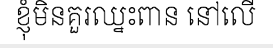
ខ្ញុំមិនគួរឈ្នះពាន នៅលើ